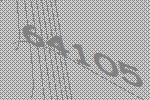
64105